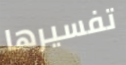
تفسيرها